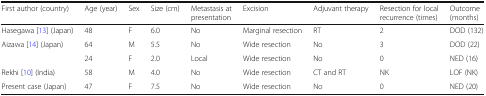
<table><thead><tr><td><b>First author (country)</b></td><td><b>Age (year)</b></td><td><b>Sex</b></td><td><b>Size (cm)</b></td><td><b>Metastasis at presentation</b></td><td><b>Excision</b></td><td><b>Adjuvant therapy</b></td><td><b>Resection for local recurrence (times)</b></td><td><b>Outcome (months)</b></td></tr></thead><tbody><tr><td>Hasegawa [13] (Japan)</td><td>48</td><td>F</td><td>6.0</td><td>No</td><td>Marginal resection</td><td>RT</td><td>2</td><td>DOD (132)</td></tr><tr><td rowspan="2">Aizawa [14] (Japan)</td><td>64</td><td>M</td><td>5.5</td><td>No</td><td>Wide resection</td><td>No</td><td>3</td><td>DOD (22)</td></tr><tr><td>24</td><td>F</td><td>2.0</td><td>Local</td><td>Wide resection</td><td>No</td><td>0</td><td>NED (16)</td></tr><tr><td>Rekhi [10] (India)</td><td>58</td><td>M</td><td>4.0</td><td>No</td><td>Wide resection</td><td>CT and RT</td><td>NK</td><td>LOF (NK)</td></tr><tr><td>Present case (Japan)</td><td>47</td><td>F</td><td>7.5</td><td>No</td><td>Wide resection</td><td>No</td><td>0</td><td>NED (20)</td></tr></tbody></table>